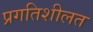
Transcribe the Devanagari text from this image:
प्रगतिशीलत